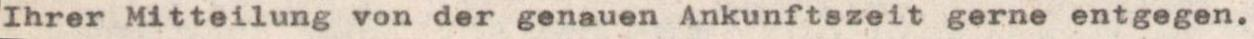
Ihrer Mitteilung von der genauen Ankunftszeit gerne entgegen.